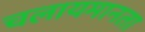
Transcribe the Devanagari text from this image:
चलायमानता